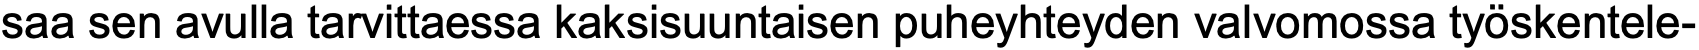
saa sen avulla tarvittaessa kaksisuuntaisen puheyhteyden valvomossa työskentele-